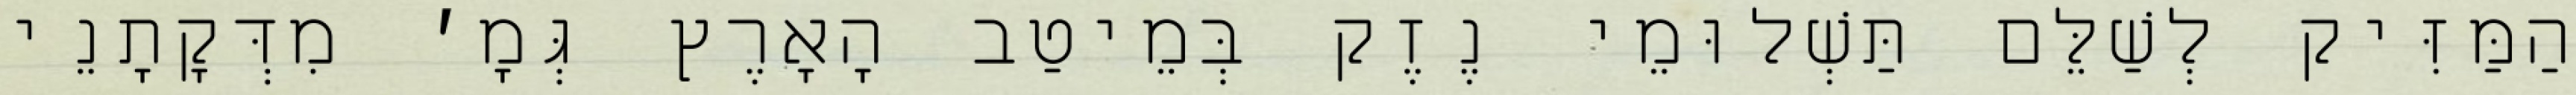
הַמַּזִּיק לְשַׁלֵּם תַּשְׁלוּמֵי נֶזֶק בְּמֵיטַב הָאָרֶץ גְּמָ׳ מִדְּקָתָנֵי